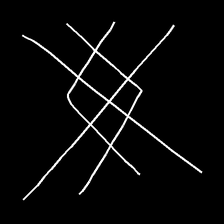
Glyph: crystal